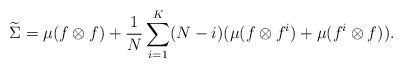
LaTeX: \begin{align*}\widetilde\Sigma = \mu(f \otimes f) + \frac1N\sum_{i=1}^{K} (N-i)(\mu(f \otimes f^i) + \mu(f^i \otimes f)).\end{align*}